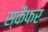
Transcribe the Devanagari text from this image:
स्कैफर